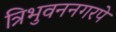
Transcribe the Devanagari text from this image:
त्रिभुवननगरपे